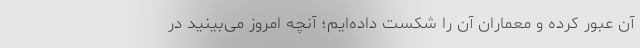
آن عبور کرده و معماران آن را شکست داده‌ایم؛ آنچه امروز می‌بینید در